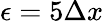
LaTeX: \epsilon=5\Delta x